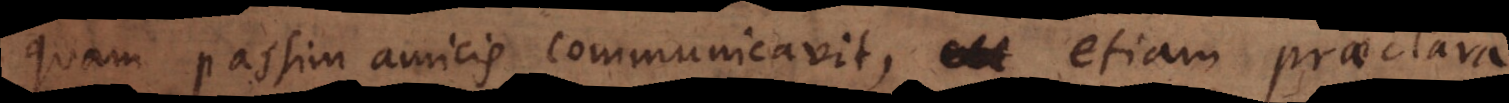
quam passim amicis communicavit, etiam praeclara